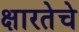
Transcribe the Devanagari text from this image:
क्षारतेचे